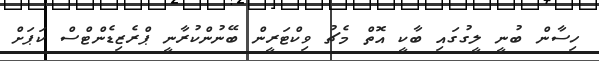
ހިސާން ބުނީ ލީގުގައި ބާކީ އޮތް މެޗު ވިކްޓަރީން ބޭނުންކުރާނީ ޕްރެޒިޑެންޓްސް ކަޕަށް